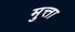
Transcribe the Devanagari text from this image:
मुत्ता